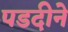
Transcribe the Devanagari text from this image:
पडदीने